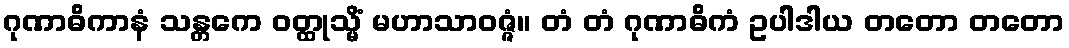
ဂုဏာဓိကာနံ သန္တကေ ဝတ္ထုသ္မိံ မဟာသာဝဇ္ဇံ။ တံ တံ ဂုဏာဓိကံ ဥပါဒါယ တတော တတော